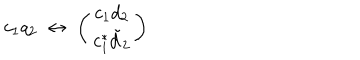
LaTeX: c _ { 1 } q _ { 2 } \; \leftrightarrow \; \left( \begin{array} { c } { { c _ { 1 } d _ { 2 } } } \\ { { c _ { 1 } ^ { * } \tilde { d } _ { 2 } } } \\ \end{array} \right)